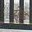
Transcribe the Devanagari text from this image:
हूडेड